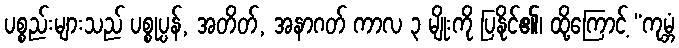
ပစ္စည်းများသည် ပစ္စုပ္ပန်, အတိတ်, အနာဂတ် ကာလ ၃ မျိုးကို ပြနိုင်၏၊ ထို့ကြောင့် “ကုမ္ဘံ